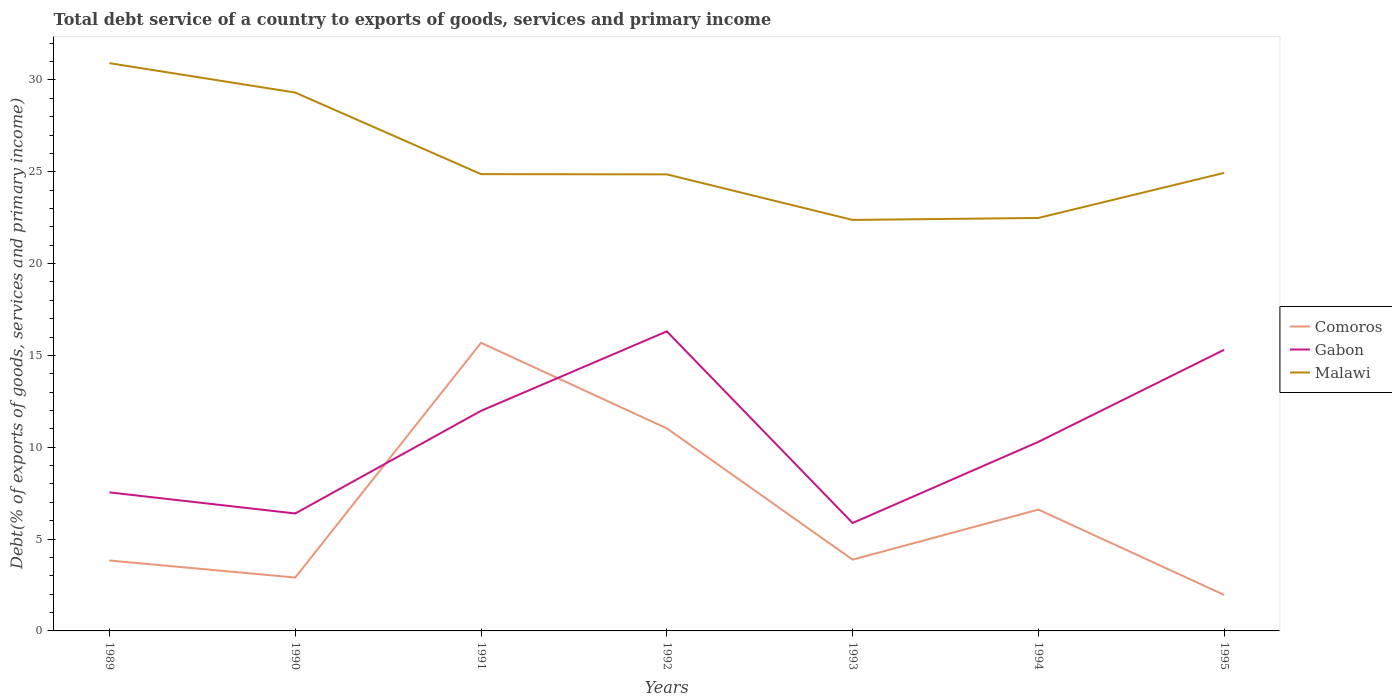
| Years | Comoros | Gabon | Malawi |
 | --- | --- | --- | --- |
 | 1989 | 3.83 | 7.54 | 30.9 |
 | 1990 | 2.91 | 6.39 | 29.3 |
 | 1991 | 15.7 | 12 | 24.9 |
 | 1992 | 11 | 16.3 | 24.9 |
 | 1993 | 3.88 | 5.87 | 22.4 |
 | 1994 | 6.61 | 10.3 | 22.5 |
 | 1995 | 1.96 | 15.3 | 24.9 |